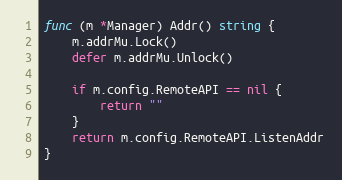
Language: Go
func (m *Manager) Addr() string {
	m.addrMu.Lock()
	defer m.addrMu.Unlock()

	if m.config.RemoteAPI == nil {
		return ""
	}
	return m.config.RemoteAPI.ListenAddr
}